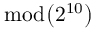
\bmod { \left( 2 ^ { 1 0 } \right) }